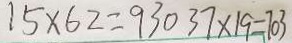
1 5 \times 6 2 = 9 3 0 3 7 \times 1 9 = 7 0 3